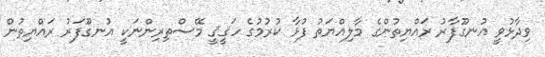
ވިދާޅުވީ އުނގޫފާރު ރައްޔިތުންގެ މާލިއްޔަތު ފުޅާ ކުރުމުގެ ހަޤީޤީ މޭސްތިރިންނަކީ އުނގޫފަރު ރައްޔިތުން